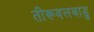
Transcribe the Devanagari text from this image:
तीरूवलबाडु